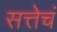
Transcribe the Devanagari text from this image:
सत्तेचं